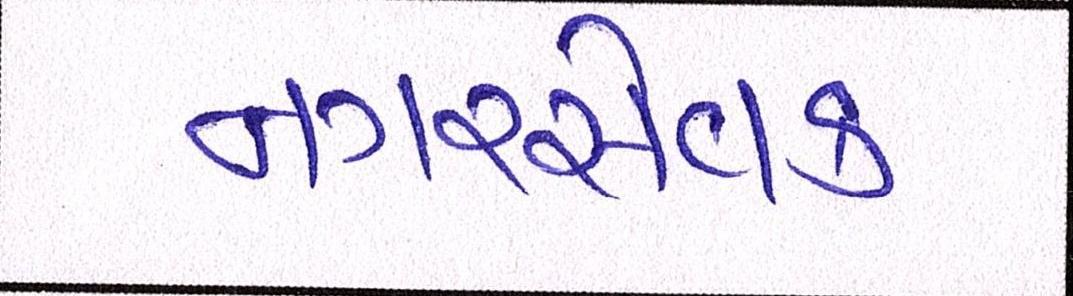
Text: નગરસેવક